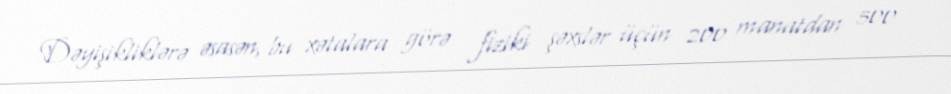
Dəyişikliklərə əsasən, bu xətalara görə fiziki şəxslər üçün 200 manatdan 500